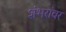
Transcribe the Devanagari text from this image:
शंभरांवर